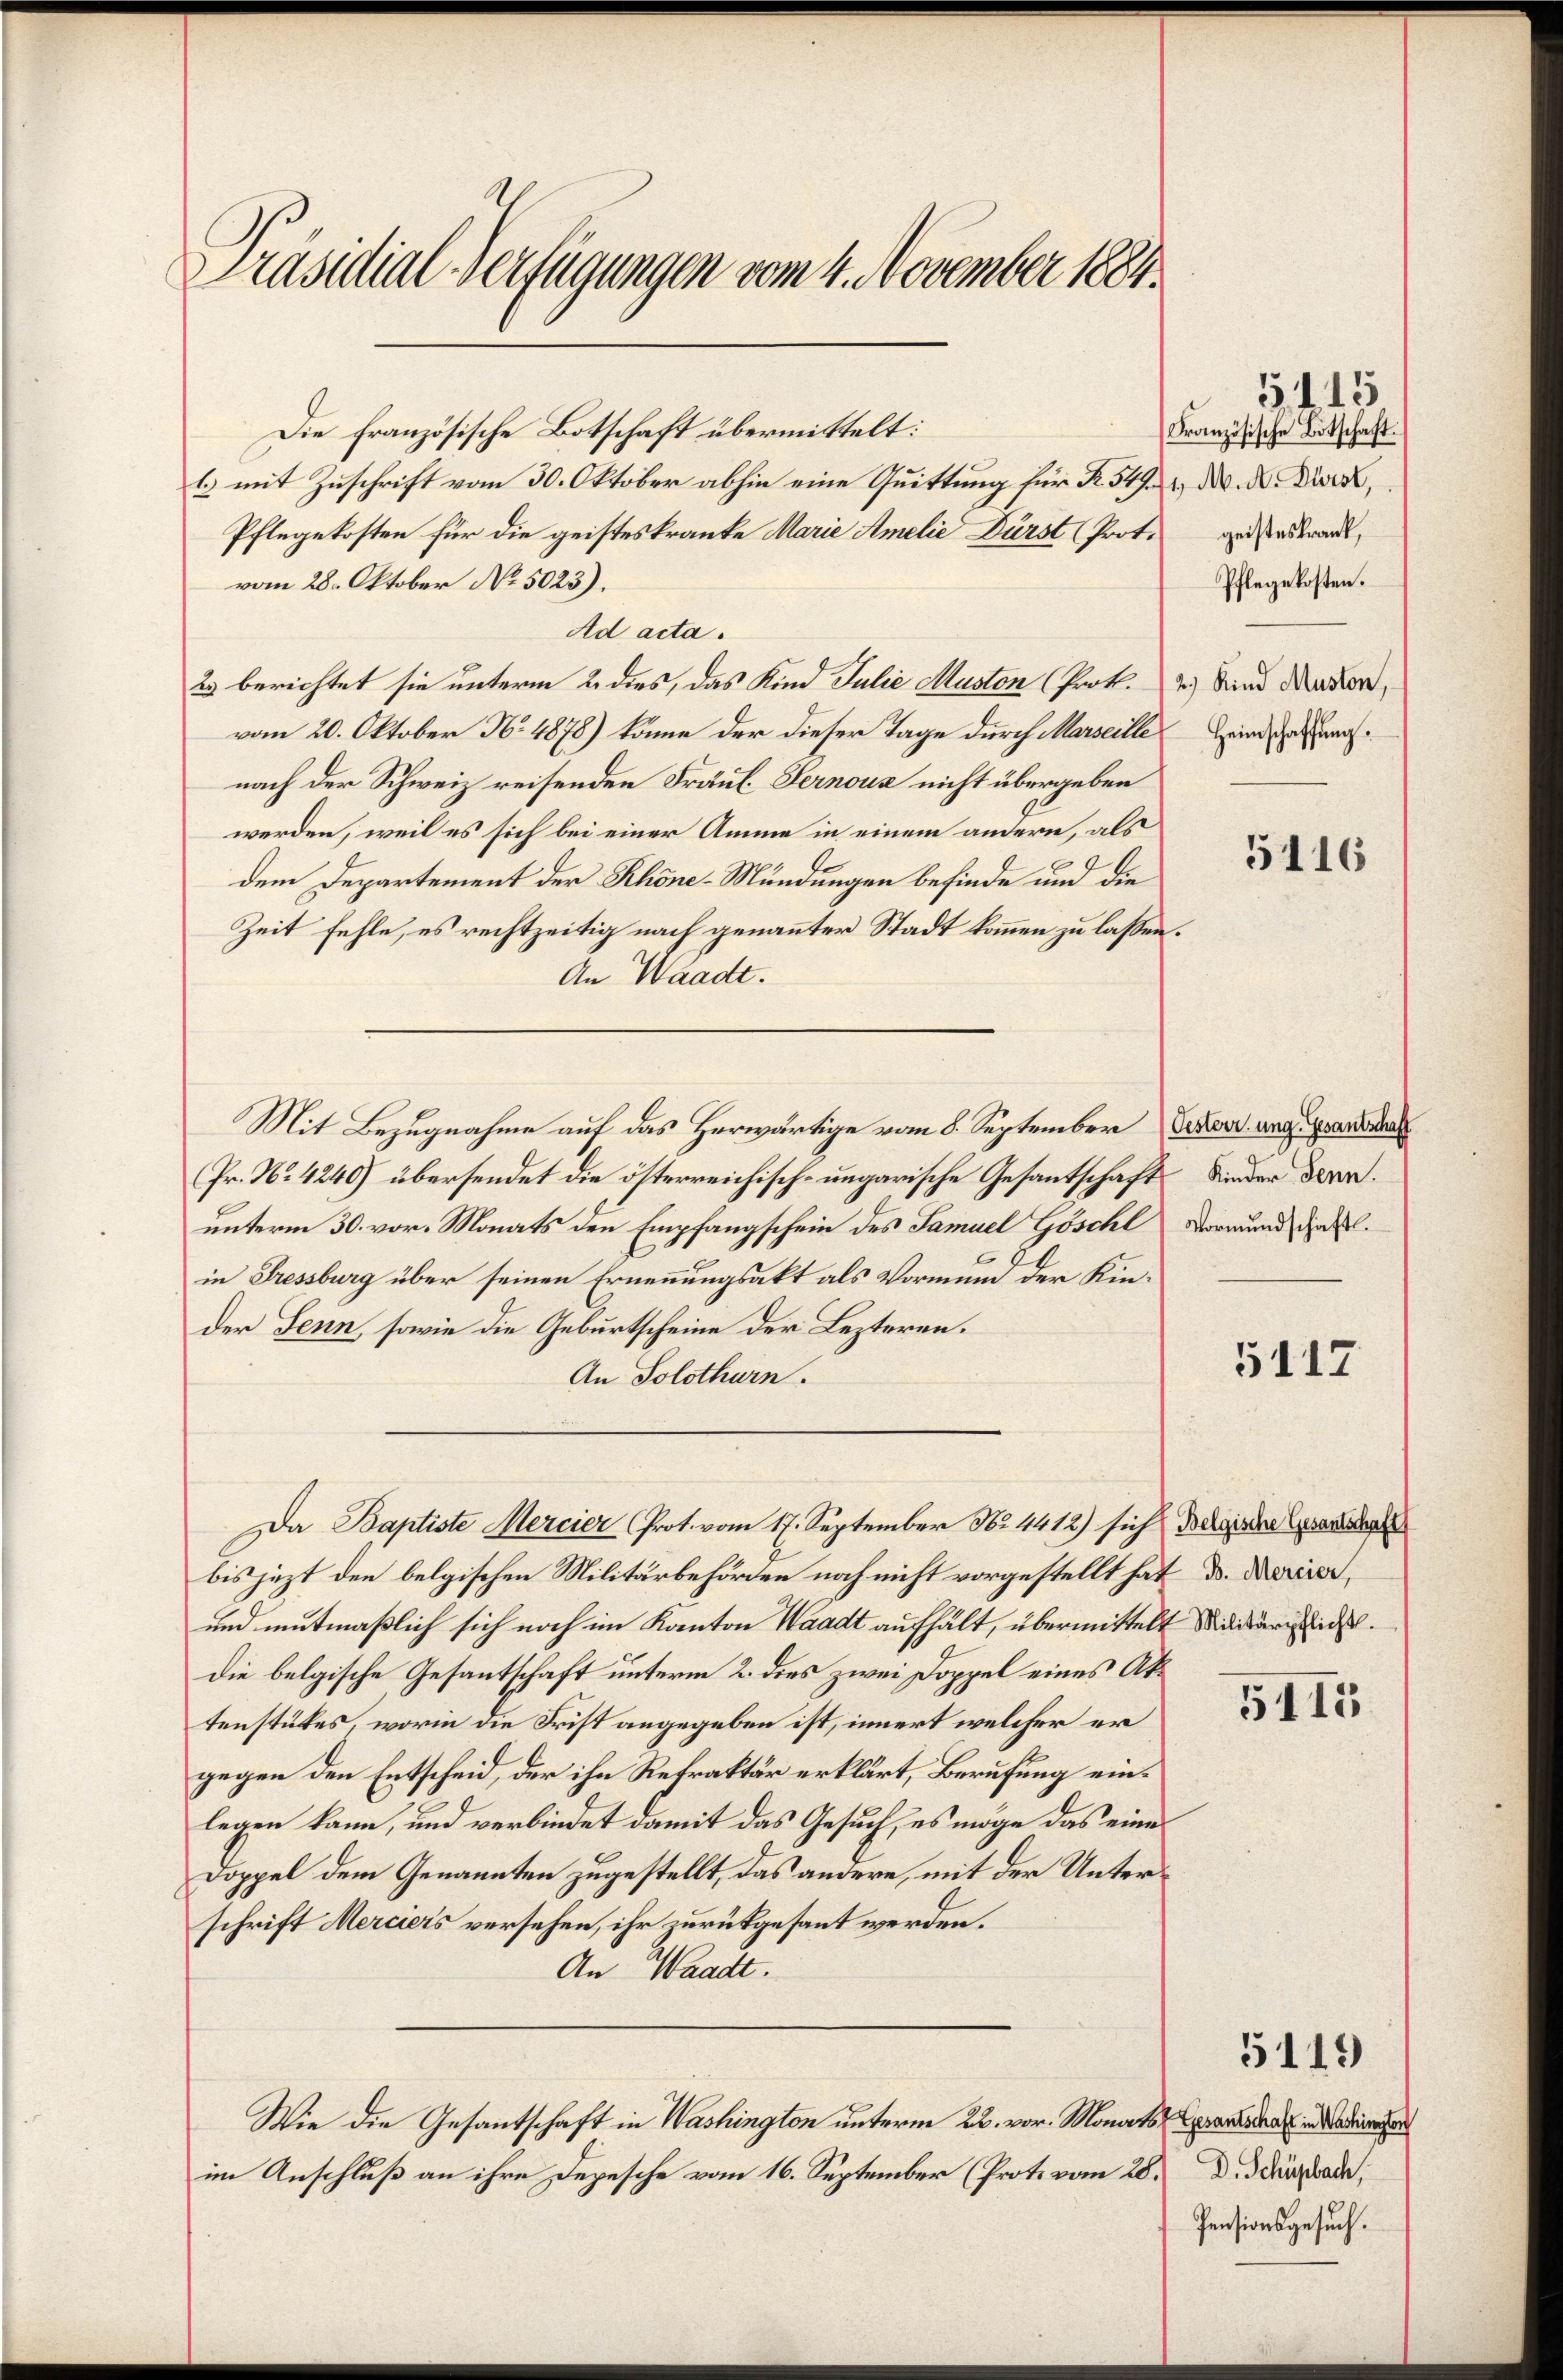
Präsidial-Verfügungen vom 4. November 1884.

Die Französische Botschaft übermittelt:
l mit Zuschrift vom 30. Oktober abhin eine Quittung für R. 549.
Pflegekosten für die geisteskranke Marie Amelić Dürst (Prot.
vom 28. Oktober No 5023).
Ad acta.
23 berichtet sie unterm 2. dies, das Kind Julie Muston (Prot.
vom 20. Oktober No. 4878) könne der dieser Tage durch Marseille
nach der Schweiz reisenden Fräul. Pernous nicht übergeben
werden, weil es sich bei einer Amme in einem andern, als
dem Departement der Schöne-Mündungen befinde und die
Zeit fehle, es rechtzeitig nach genannter Stadt kommen zu lassen.
An Waadt.
Mit Bezugnahme auf das Herwärtige vom 8. September Gener angen
Pr. No 4240) übersendet die österreichisch-ungarische Gesantschaft Kinder deraunterm 30. vor. Monats den Empfangschein des Samuel Göschl
in Fressburg über seinen Ernennungsakt als Vormund der Kinder Senn, sowie die Geburtscheine der Lezteren.
An Solothurn.
Da Baptiste Mercier Prot. vom 17. September Nr. 4412) sich Belgische Gesang
bis jezt den belgischen Militärbehörden noch nicht vorgestellt hat d. Marier,
und mutmaßlich sich noch im Kanton Waadt aufhält, übermittelt
die belgische Gesantschaft unterm 2. dies zwei Doppel eines Aktenstükes, worin die Frist angegeben ist, innert welcher er
gegen den Entscheid, der ihn Refraktär erklärt, Berufung einlegen kann, und verbindet damit das Gesuch, es möge das eine
Doppel dem Genannten zugestellt, das andere, mit der Unterschrift Merciers versehen, ihr zurückgesant werden.
An Waadt.
Wie die Gesantschaft in Washington unterm 22. vor. Monats praesen in die
im Anschluß an ihre Depesche vom 16. September (Prote vom 28. D. ddärrade,

Französische Bitschaft.
1, M. A. Durst,
geisteskrank,
Pflegekosten.
2.) Kind Muston,
Heimschaffung.

3115

5116

Vormundschaft.

5117

2 Militärpflicht.

5115

Pensionsgesuch.

5119